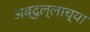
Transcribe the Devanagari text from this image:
अब्दुल्लाच्या